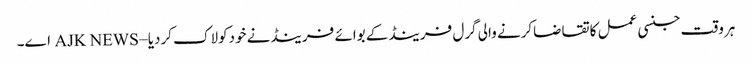
ہروقت جنسی عمل کاتقاضاکرنے والی گرل فرینڈکے بوائے فرینڈنے خودکولاک کردیا – AJK NEWS اے۔